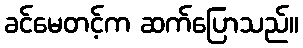
ခင်မေတင့်က ဆက်ပြောသည်။